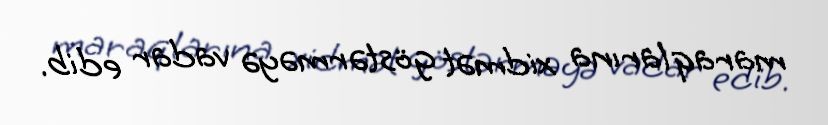
maraqlarına xidmət göstərməyə vadar edib.